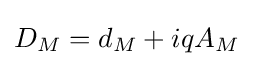
D_{M}=d_{M}+iqA_{M}